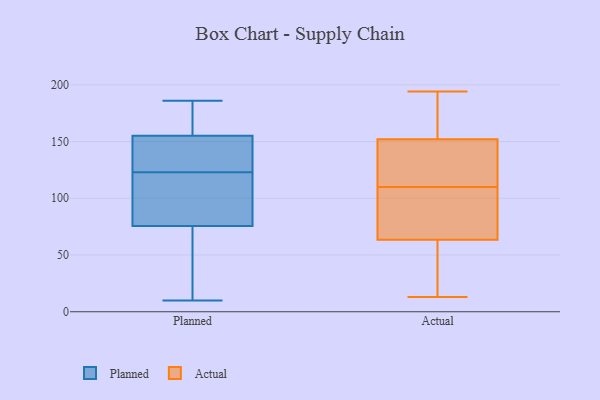
{"axis": {"x": "Temperature (°C)", "y": "Value"}, "legend": ["Actual", "Planned"], "data": [{"x": "", "y": 38, "type": "Planned"}, {"x": "", "y": 36, "type": "Planned"}, {"x": "", "y": 152, "type": "Planned"}, {"x": "", "y": 132, "type": "Planned"}, {"x": "", "y": 164, "type": "Planned"}, {"x": "", "y": 88, "type": "Planned"}, {"x": "", "y": 186, "type": "Planned"}, {"x": "", "y": 123, "type": "Planned"}, {"x": "", "y": 121, "type": "Planned"}, {"x": "", "y": 173, "type": "Planned"}, {"x": "", "y": 127, "type": "Planned"}, {"x": "", "y": 115, "type": "Planned"}, {"x": "", "y": 10, "type": "Planned"}, {"x": "", "y": 80, "type": "Actual"}, {"x": "", "y": 123, "type": "Actual"}, {"x": "", "y": 110, "type": "Actual"}, {"x": "", "y": 101, "type": "Actual"}, {"x": "", "y": 113, "type": "Actual"}, {"x": "", "y": 37, "type": "Actual"}, {"x": "", "y": 108, "type": "Actual"}, {"x": "", "y": 156, "type": "Actual"}, {"x": "", "y": 177, "type": "Actual"}, {"x": "", "y": 194, "type": "Actual"}, {"x": "", "y": 58, "type": "Actual"}, {"x": "", "y": 13, "type": "Actual"}, {"x": "", "y": 178, "type": "Actual"}, {"x": "", "y": 32, "type": "Actual"}, {"x": "", "y": 140, "type": "Actual"}]}